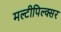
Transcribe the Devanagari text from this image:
मल्टीपिल्क्सर